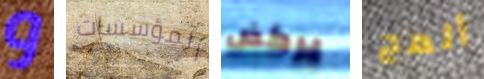
و المؤسسات يركض ألمح